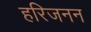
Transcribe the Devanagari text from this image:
हरिजनन